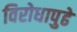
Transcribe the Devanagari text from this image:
विरोधापुढे